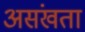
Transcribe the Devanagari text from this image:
असंखता